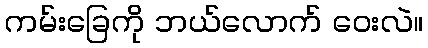
ကမ်းခြေကို ဘယ်လောက် ဝေးလဲ။